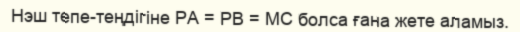
Нэш тепе-теңдігіне PA = PB = MC болса ғана жете аламыз.